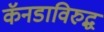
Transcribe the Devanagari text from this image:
कॅनडाविरुद्ध